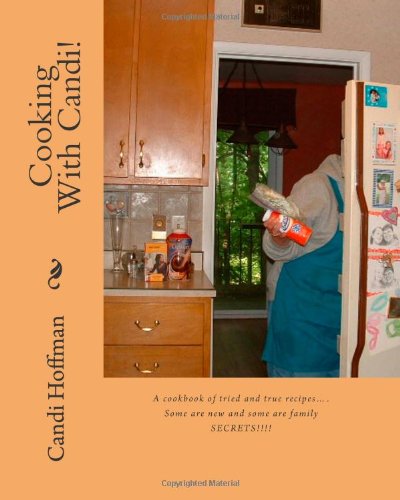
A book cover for Cooking with Candi!: Tried and True Recipes and Some Family Secrets!; Candi Hoffman; Humor & Entertainment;